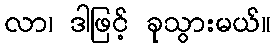
လာ၊ ဒါဖြင့် ခုသွားမယ်။